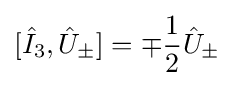
[{\hat {I}}_{3},{\hat {U}}_{\pm }]=\mp {\frac {1}{2}}{\hat {U}}_{\pm }